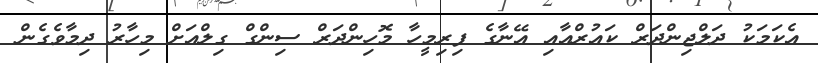
އެކަމަކު ދަލްޖިންދަރް ކައުރްއާއި އޭނާގެ ފިރިމީހާ މޮހިންދަރް ސިންގް ގިލްއަށް މިހާރު ދިމާވެގެން